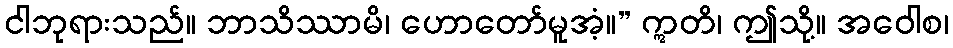
ငါဘုရားသည်။ ဘာသိဿာမိ၊ ဟောတော်မူအံ့။” ဣတိ၊ ဤသို့။ အဝေါစ၊